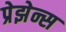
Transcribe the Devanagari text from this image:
प्रेझेन्स